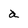
Character: a